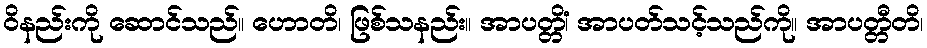
ဝိနည်းကို ဆောင်သည်။ ဟောတိ၊ ဖြစ်သနည်း။ အာပတ္တိံ၊ အာပတ်သင့်သည်ကို။ အာပတ္တီတိ၊